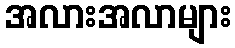
အလားအလာများ